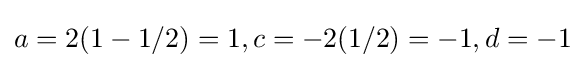
a=2(1-1/2)=1,c=-2(1/2)=-1,d=-1